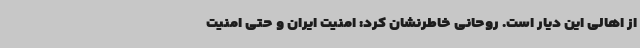
از اهالی این دیار است. روحانی خاطرنشان کرد: امنیت ایران و حتی امنیت